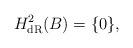
LaTeX: \begin{align*} H_{\operatorname{dR}}^{2}(B)=\{0\}, \end{align*}